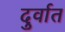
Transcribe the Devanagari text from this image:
दुर्वात